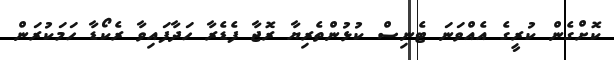
ކޮށްގެން ކުރީގެ އެއްވަނަ ޓެނިސް ކުޅުންތެރިޔާ ރޮޖާ ފެޑެރާ ހަދާފައިވާ ރެކޯޑާ ހަމަކުރަން